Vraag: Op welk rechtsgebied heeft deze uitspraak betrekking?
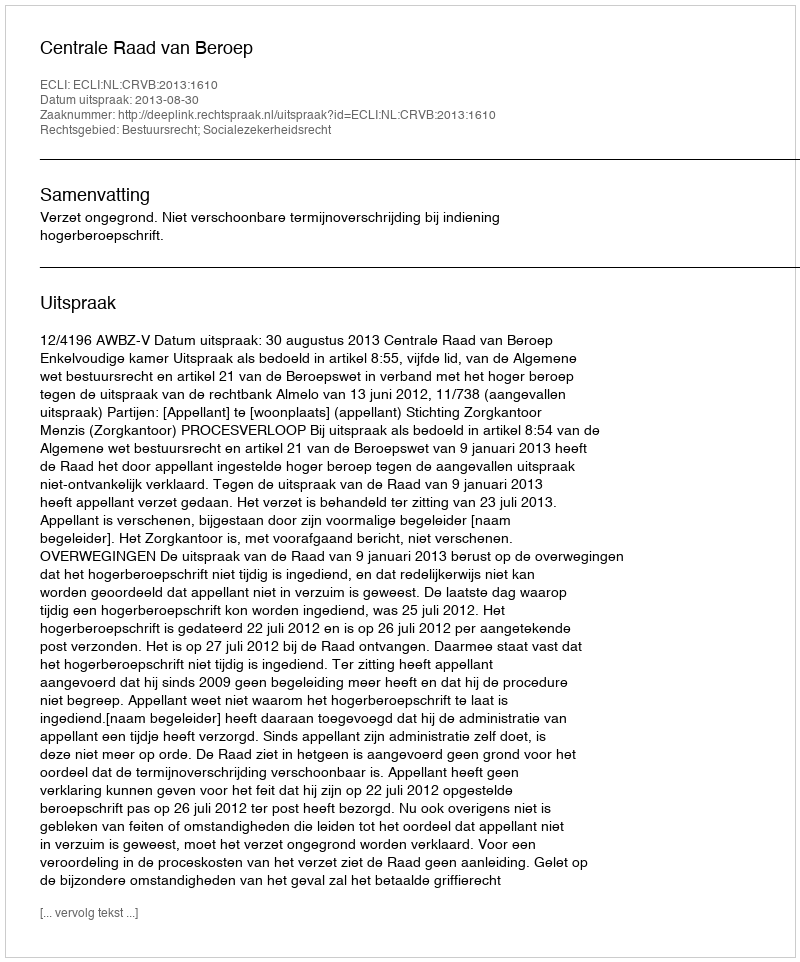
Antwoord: Bestuursrecht; Socialezekerheidsrecht